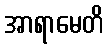
အာရာမေတိ